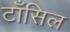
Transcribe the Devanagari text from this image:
टाँसिल